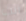
انت